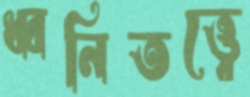
ধ্বনিতত্ত্বে